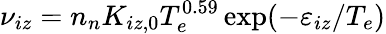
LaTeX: \nu_{iz}=n_{n}K_{iz,0}T_{e}^{0.59}\exp(-\varepsilon_{iz}/T_{e})